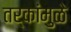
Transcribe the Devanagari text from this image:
तर्कांमुळे